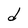
Character: d